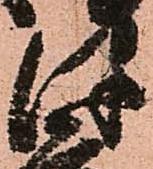
津